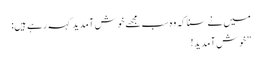
میں نے سنا کہ وہ سب مجھے خوش آمدید کہہ رہے ہیں:
”خوش آمدید!